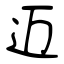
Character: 迈